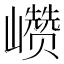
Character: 𰏁